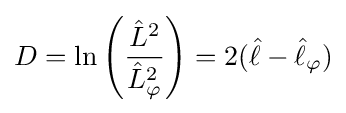
D=\ln \left({\frac {{\hat {L}}^{2}}{{\hat {L}}_{\varphi }^{2}}}\right)=2({\hat {\ell }}-{\hat {\ell }}_{\varphi })